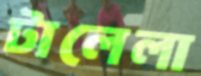
টালেলা